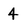
Character: 4